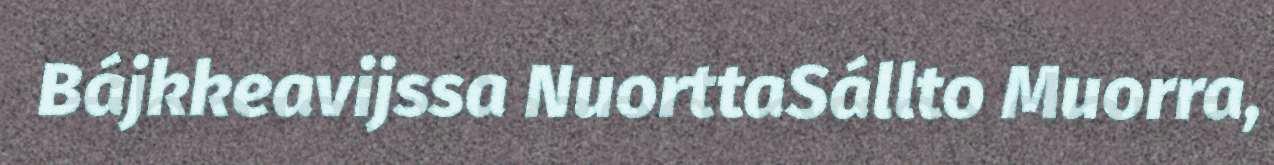
Bájkkeavijssa NuorttaSállto Muorra,